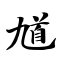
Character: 馗